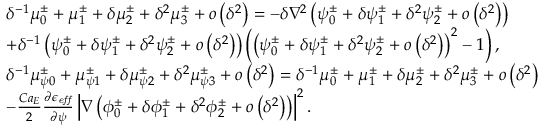
\begin{array} { r l } & { \delta ^ { - 1 } \mu _ { 0 } ^ { \pm } + \mu _ { 1 } ^ { \pm } + \delta \mu _ { 2 } ^ { \pm } + \delta ^ { 2 } \mu _ { 3 } ^ { \pm } + o \left( \delta ^ { 2 } \right) = - \delta \nabla ^ { 2 } \left( \psi _ { 0 } ^ { \pm } + \delta \psi _ { 1 } ^ { \pm } + \delta ^ { 2 } \psi _ { 2 } ^ { \pm } + o \left( \delta ^ { 2 } \right) \right) } \\ & { + \delta ^ { - 1 } \left( \psi _ { 0 } ^ { \pm } + \delta \psi _ { 1 } ^ { \pm } + \delta ^ { 2 } \psi _ { 2 } ^ { \pm } + o \left( \delta ^ { 2 } \right) \right) \left( \left( \psi _ { 0 } ^ { \pm } + \delta \psi _ { 1 } ^ { \pm } + \delta ^ { 2 } \psi _ { 2 } ^ { \pm } + o \left( \delta ^ { 2 } \right) \right) ^ { 2 } - 1 \right) , } \\ & { \delta ^ { - 1 } \mu _ { \psi 0 } ^ { \pm } + \mu _ { \psi 1 } ^ { \pm } + \delta \mu _ { \psi 2 } ^ { \pm } + \delta ^ { 2 } \mu _ { \psi 3 } ^ { \pm } + o \left( \delta ^ { 2 } \right) = \delta ^ { - 1 } \mu _ { 0 } ^ { \pm } + \mu _ { 1 } ^ { \pm } + \delta \mu _ { 2 } ^ { \pm } + \delta ^ { 2 } \mu _ { 3 } ^ { \pm } + o \left( \delta ^ { 2 } \right) } \\ & { - \frac { C a _ { E } } { 2 } \frac { \partial \epsilon _ { \it e f f } } { \partial \psi } \left| \nabla \left( \phi _ { 0 } ^ { \pm } + \delta \phi _ { 1 } ^ { \pm } + \delta ^ { 2 } \phi _ { 2 } ^ { \pm } + o \left( \delta ^ { 2 } \right) \right) \right| ^ { 2 } . } \end{array}